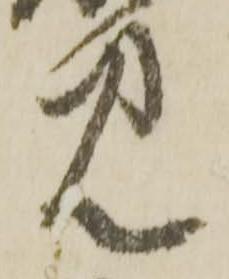
見